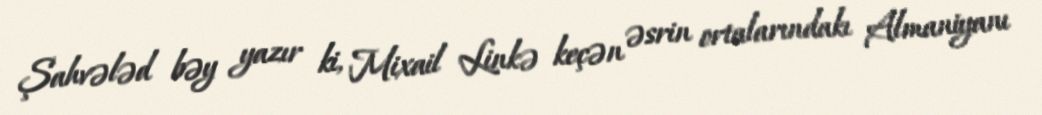
Şahvələd bəy yazır ki, Mixail Linkə keçən əsrin ortalarındakı Almaniyanı